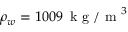
\rho _ { w } = 1 0 0 9 \, \mathrm { ~ k ~ g ~ / ~ m ~ } ^ { 3 }